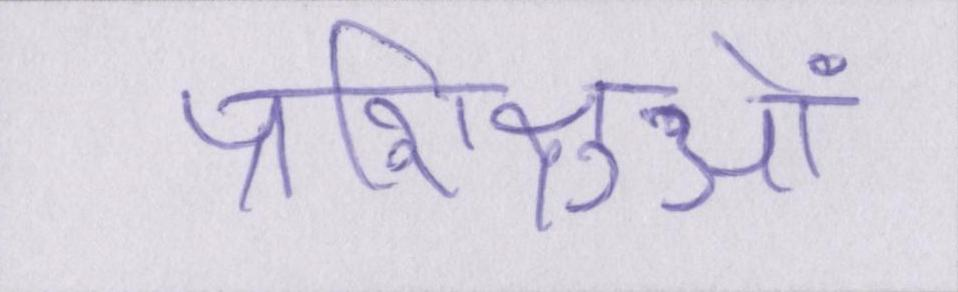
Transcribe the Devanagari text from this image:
प्रशिक्षुओं